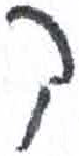
אות: ק